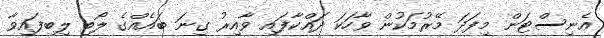
އެނިސްޓަން މިފަދަ މޭރުމަކުން ވާހަކަ ދައްކާފައި ވާއިރު ގިނަ ބައެއްގެ ލޯބި ލިބިފައިވާ